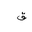
Letter: _qaf